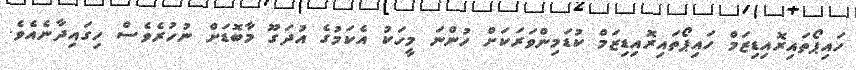
ހައިޕޯތައިރޮއިޑިޒަމް ހައިޕޯތައިރޮއިޑިޒަމް ކުޑަމިންވަރަކަށް ހުންނަ މީހަކު އެކަމުގެ އުދަގޫ މާބޮޑަށް ނުހުރެވެސް ހިގައިދާނެއެވެ.